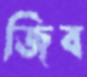
জিব